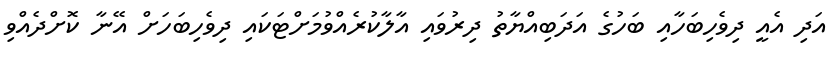
އަދި އެއީ ދިވެހިބަހާއި ބަހުގެ އަދަބިއްޔާތު ދިރުވައި އާލާކުރެއްވުމަށްޓަކައި ދިވެހިބަހަށް އޭނާ ކޮށްދެއްވި